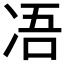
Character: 𠗐